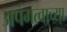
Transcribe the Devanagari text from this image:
अपंगत्वाच्या